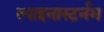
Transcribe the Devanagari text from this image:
स्पाइनास्टर्नम